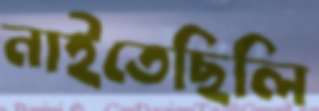
নাইতেছিলি